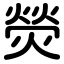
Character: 熒